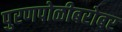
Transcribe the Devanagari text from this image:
पुरणपोळीबरोबर